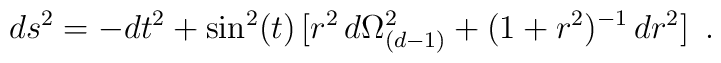
ds^2 = -dt^2 + \sin^2 (t) \,[ r^2 \,d\Omega_{(d-1)}^2 + (1 + r^2)^{-1} \,dr^2] \,\,\, .